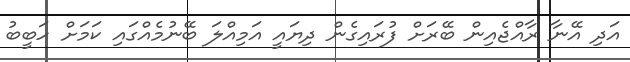
އަދި އޭނާ ރާއްޖެއިން ބޭރަށް ފުރައިގެން ދިޔައީ އަމިއްލަ ބޭނުމެއްގައި ކަމަށް ހަބީބު